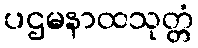
ပဌမနာထသုတ္တံ